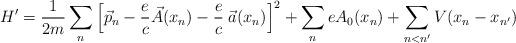
LaTeX: \begin{align*}H' = \frac{1}{2m} \sum_n \left[\vec{p}_n - \frac{e}{c} \vec{A}(x_n) - \frac{e}{c} \; \vec{a}(x_n) \right]^2 + \sum_n e A_0 (x_n) + \sum_{n < n'} V(x_n - x_{n'})\end{align*}